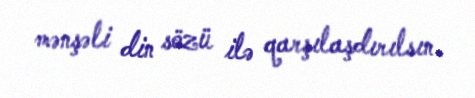
mənşəli din sözü ilə qarşılaşdırılsın.